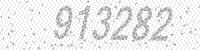
Solution: 913282